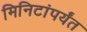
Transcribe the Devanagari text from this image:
मिनिटांपर्यंत